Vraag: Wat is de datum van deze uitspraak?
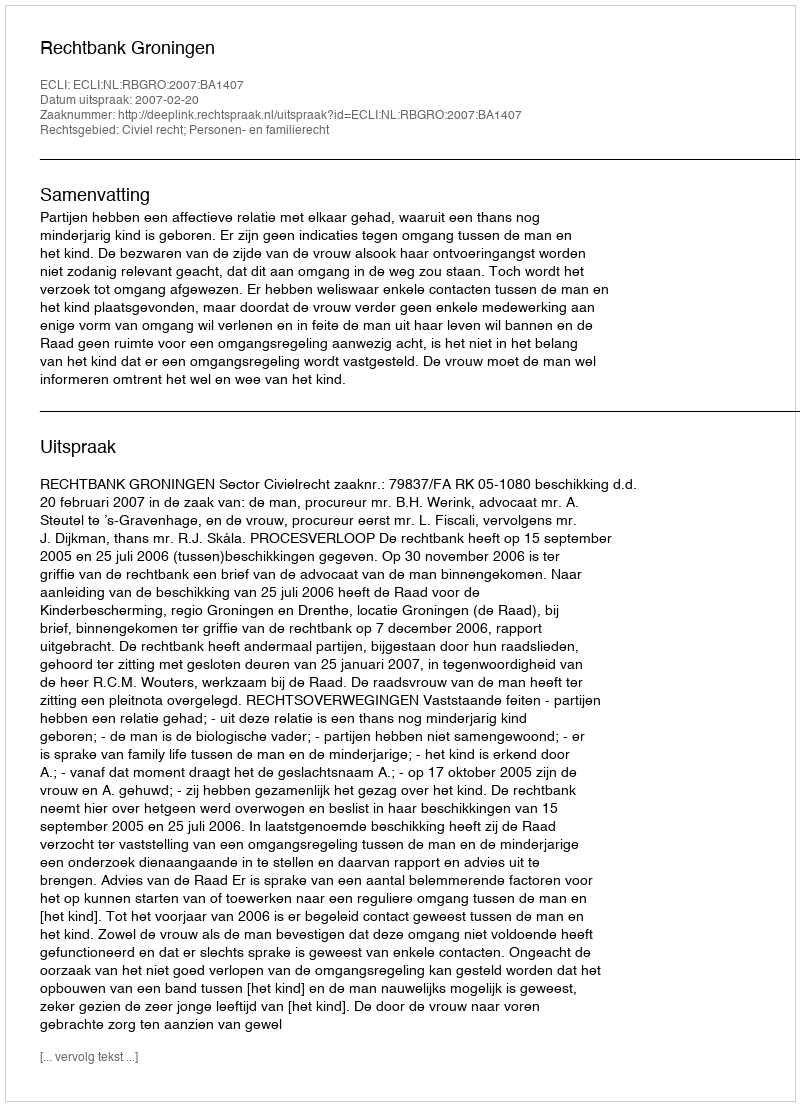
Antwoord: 2007-02-20